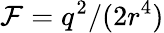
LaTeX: {\cal F}=q^{2}/(2r^{4})